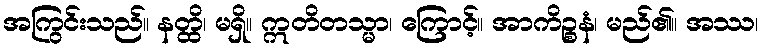
အကြွင်းသည်။ နတ္ထိ၊ မရှိ။ ဣတိတသ္မာ၊ ကြောင့်။ အာကိဉ္စနံ၊ မည်၏။ အဿ၊